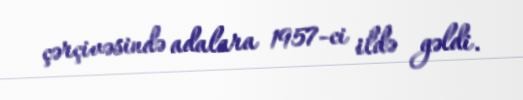
çərçivəsində adalara 1957-ci ildə gəldi.